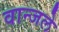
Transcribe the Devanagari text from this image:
वान्जले